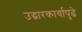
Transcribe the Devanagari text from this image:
उद्धारकार्यापुढे